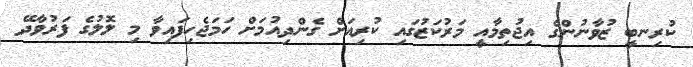
ކުރިނބީ ޒުވާނުންގެ އިޖުތިމާއީ މަރުކަޒުގައި ކުރިއަށް ގެންދިއުމަށް ހަމަޖެހިފައިވާ މި ލޮލުގެ ފަރުވާދޭ